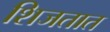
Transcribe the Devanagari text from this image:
शिजतात